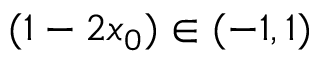
( 1 - 2 x _ { 0 } ) \in ( - 1 , 1 )